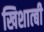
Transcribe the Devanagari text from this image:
खिशात्बी